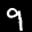
Label: 9